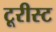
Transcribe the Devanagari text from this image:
टूरीस्ट